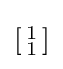
\left[{\begin{smallmatrix}1\\1\end{smallmatrix}}\right]